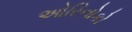
ઓરિનોકો